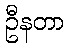
ဦနတာ